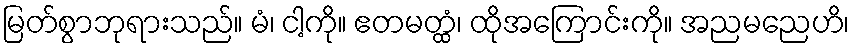
မြတ်စွာဘုရားသည်။ မံ၊ ငါ့ကို။ ဧတမတ္ထံ၊ ထိုအကြောင်းကို။ အညမညေဟိ၊